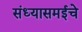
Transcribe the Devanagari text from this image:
संध्यासमईचे